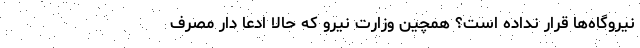
نیروگاه‌ها قرار نداده است؟ همچین وزارت نیرو که حالا ادعا دار مصرف